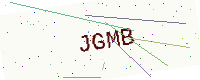
Text: JGMB